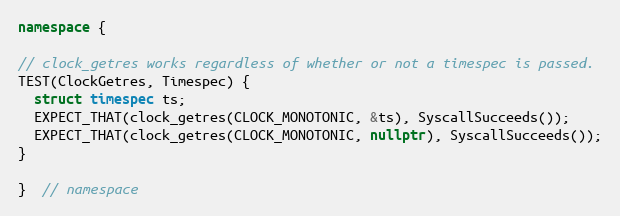
Language: C++
namespace {

// clock_getres works regardless of whether or not a timespec is passed.
TEST(ClockGetres, Timespec) {
  struct timespec ts;
  EXPECT_THAT(clock_getres(CLOCK_MONOTONIC, &ts), SyscallSucceeds());
  EXPECT_THAT(clock_getres(CLOCK_MONOTONIC, nullptr), SyscallSucceeds());
}

}  // namespace